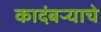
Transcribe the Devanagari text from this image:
कादंबऱ्याचे